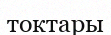
токтары